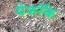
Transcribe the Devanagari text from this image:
पेजरॅँक